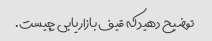
توضیح دهید که قیف بازاریابی چیست.